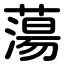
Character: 蕩